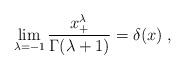
LaTeX: \begin{align*}\lim_{\lambda = -1} \frac{x_+^\lambda}{\Gamma(\lambda + 1)} =\delta(x) \;,\end{align*}